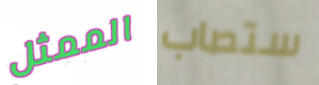
الممثل ستصاب